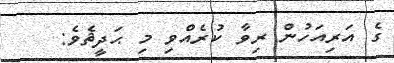
ގެ އަރިއަހުން ރިވާ ކުރެއްވި މި ޙަދީޘެވެ: